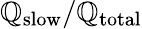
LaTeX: \mathbb{Q}_{\mathrm{{slow}}}/\mathbb{Q}_{\mathrm{{total}}}